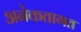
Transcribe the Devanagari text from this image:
अनेकतागत